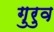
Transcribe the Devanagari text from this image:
गुरुव